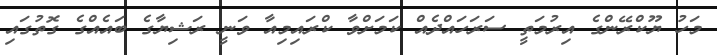
މަހު ޔޫކްރޭންގެ އިރުމަތީ ސަރަހައްދެއް ކަމަށްވާ ކްރައިމިއާ ވަނީ ރަޝިޔާގެ ބައެއްގެ ގޮތުގައި